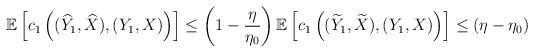
LaTeX: \begin{align*}\begin{aligned}& \mathbb{E} \left[ c_1 \left( ( \widehat{Y}_1, \widehat{X} ), (Y_1,X ) \right) \right] \leq \left(1-\frac{\eta}{\eta_0}\right) \mathbb{E}\left[c_1\left ( (\widetilde{Y}_1, \widetilde{X} ),(Y_1, X) \right)\right] \\\end{aligned} \leq (\eta - \eta_0)\end{align*}